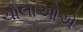
ચોલાઓએ